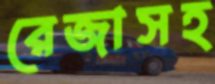
রেজাসহ